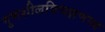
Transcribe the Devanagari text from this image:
गुणशीलविचक्षणस्य